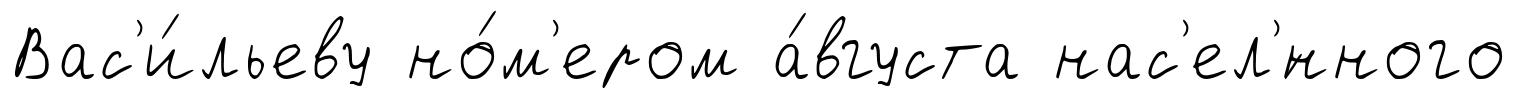
Вас'и́льеву но́м'ером а́вгуста нас'ел'́нного